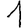
Digit: 1